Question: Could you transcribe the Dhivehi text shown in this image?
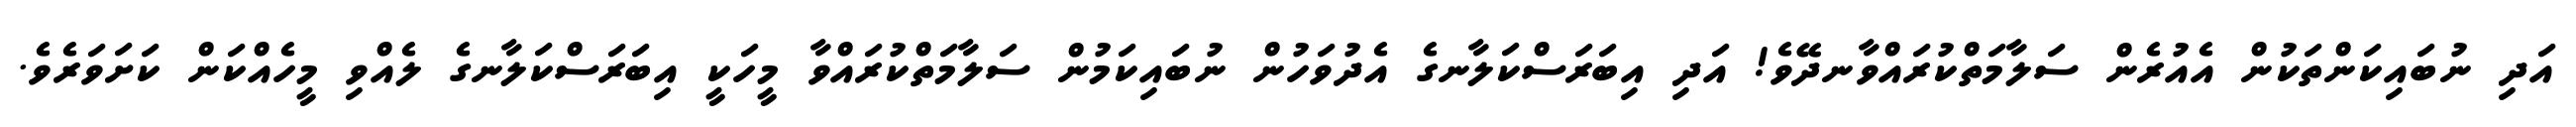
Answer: އަދި ނުބައިކަންތަކުން އެއުރެން ސަލާމަތްކުރައްވާނދޭވެ! އަދި އިބަރަސްކަލާނގެ އެދުވަހުން ނުބައިކަމުން ސަލާމަތްކުރައްވާ މީހަކީ އިބަރަސްކަލާނގެ ލެއްވި މީހެއްކަން ކަށަވަރެވެ.